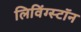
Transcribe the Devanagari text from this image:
लिविंग्स्टॉन